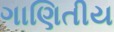
ગાણિતીય